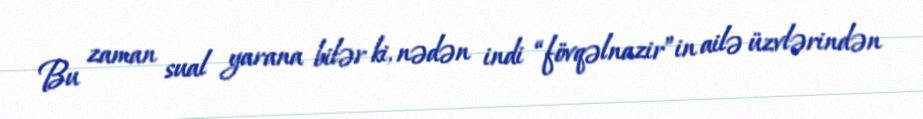
Bu zaman sual yarana bilər ki, nədən indi “fövqəlnazir”in ailə üzvlərindən